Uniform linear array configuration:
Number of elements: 16
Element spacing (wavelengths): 0.75
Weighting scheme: blackman
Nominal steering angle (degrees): -45
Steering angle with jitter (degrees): -43.367
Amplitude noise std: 0.05
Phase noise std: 0.05

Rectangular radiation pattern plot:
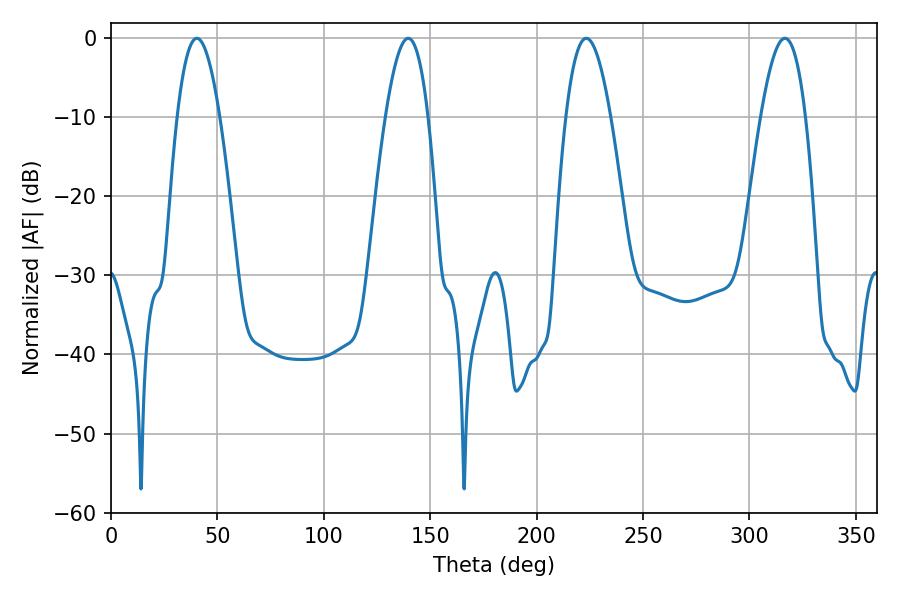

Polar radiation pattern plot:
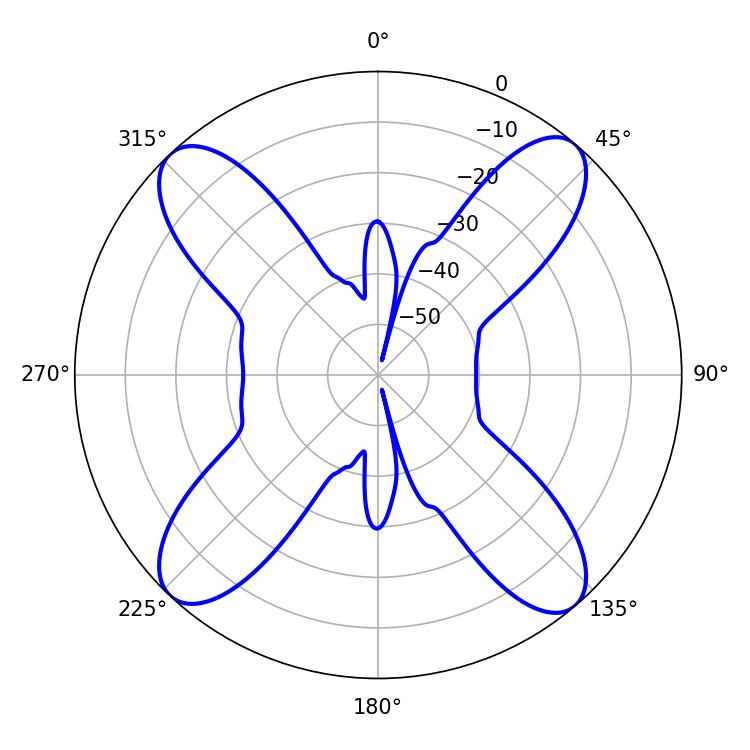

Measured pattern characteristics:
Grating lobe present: TRUE
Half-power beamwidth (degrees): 10.98
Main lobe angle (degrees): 40.32